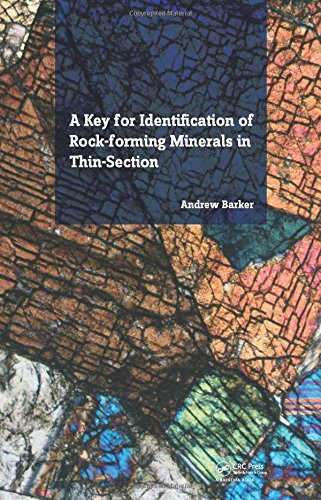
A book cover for A Key for Identification of Rock-Forming Minerals in Thin Section; Andrew J. Barker; Science & Math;